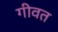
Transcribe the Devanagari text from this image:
गीवत